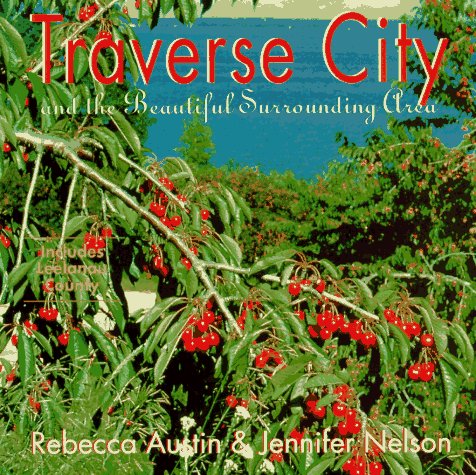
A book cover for Traverse City : And the Beautiful Surrounding Area; Rebecca Austin; Travel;